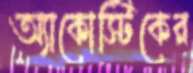
অ্যাকোস্টিকের